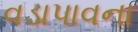
વડાપાવના